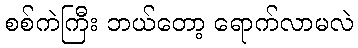
စစ်ကဲကြီး ဘယ်တော့ ရောက်လာမလဲ